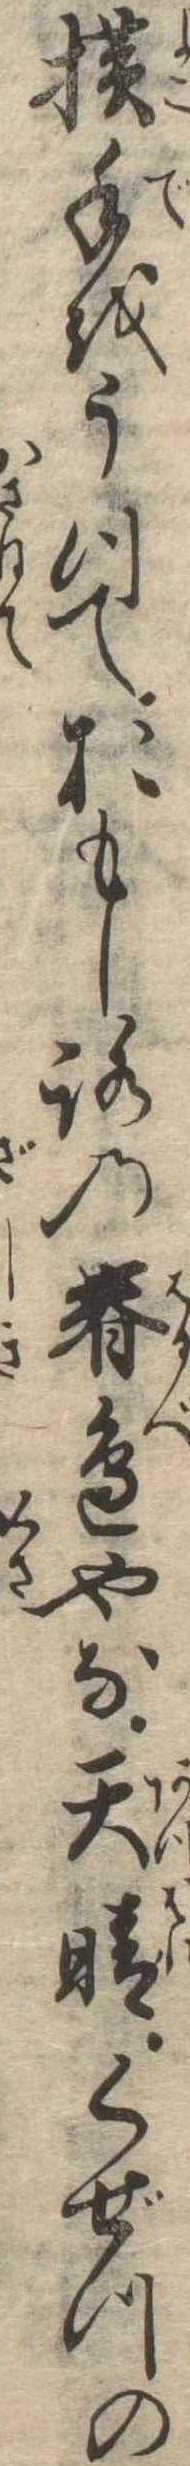
横手をうつておもしろの春辺やな天晴くぜつの